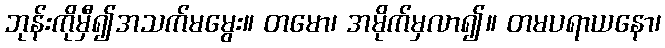
ဘုန်းကိုမှီ၍အသက်မမွေး။ တမော၊ အမိုက်မှလာ၍။ တမပရာယနော၊